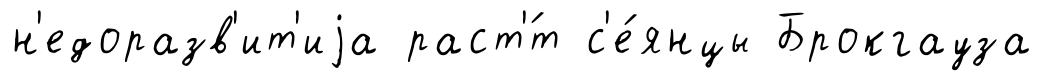
н'едоразв'ит'иjа раст'́т с'е́янцы Брокгауза